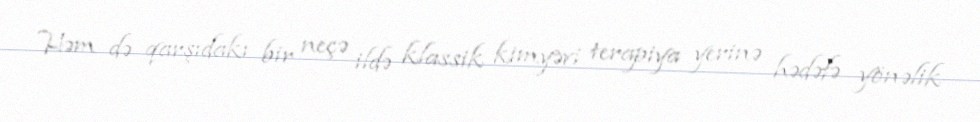
Həm də qarşıdakı bir neçə ildə klassik kimyəvi terapiya yerinə hədəfə yönəlik